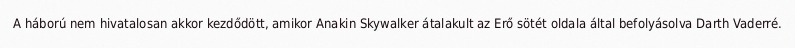
A háború nem hivatalosan akkor kezdődött, amikor Anakin Skywalker átalakult az Erő sötét oldala által befolyásolva Darth Vaderré.